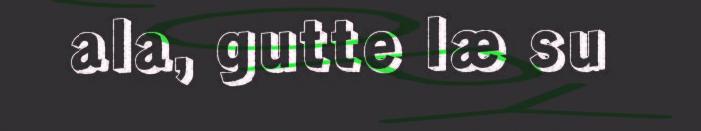
ala, gutte læ su